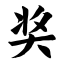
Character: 奖